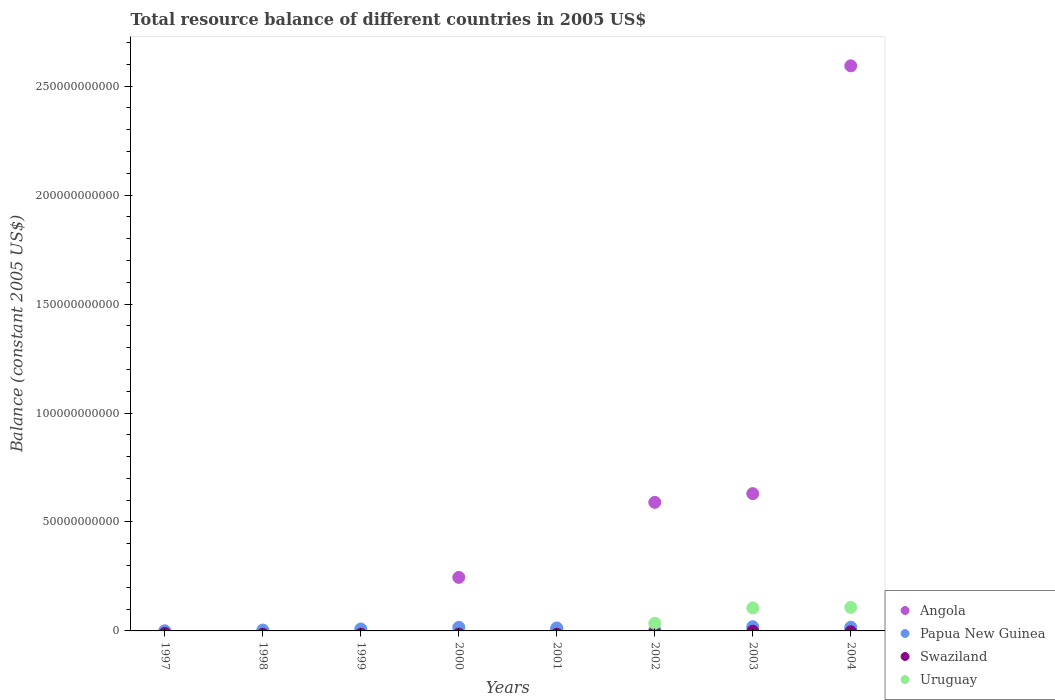
| Years | Angola | Papua New Guinea | Swaziland | Uruguay |
 | --- | --- | --- | --- | --- |
 | 1997 | -1.21e+07 | -6.32e+07 | -1.17e+09 | -6.32e+09 |
 | 1998 | -4.16e+08 | 4.08e+08 | -1.53e+09 | -7.44e+09 |
 | 1999 | -1.1e+09 | 9.03e+08 | -1.54e+09 | -8.68e+09 |
 | 2000 | 2.46e+10 | 1.65e+09 | -1.45e+09 | -9.16e+09 |
 | 2001 | 8.72e+08 | 1.36e+09 | -1.51e+09 | -7.52e+09 |
 | 2002 | 5.9e+10 | 3.39e+08 | -6.86e+08 | 3.51e+09 |
 | 2003 | 6.3e+10 | 1.93e+09 | -1.34e+08 | 1.06e+10 |
 | 2004 | 2.59e+11 | 1.68e+09 | -3.97e+08 | 1.08e+10 |